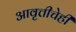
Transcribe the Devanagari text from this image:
आवृत्तीचेही